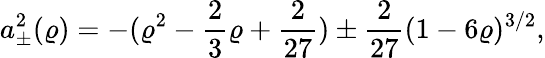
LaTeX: a_{\pm}^{2}(\varrho)=-(\varrho^{2}-\frac 23\varrho+\frac{2}{27})\pm\frac{2}{27}(1-6\varrho)^{3/2},